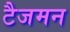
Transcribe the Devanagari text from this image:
टैजमन